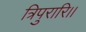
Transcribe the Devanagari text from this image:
त्रिपुरारि।।